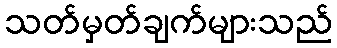
သတ်မှတ်ချက်များသည်